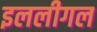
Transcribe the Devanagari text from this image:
इललीगल